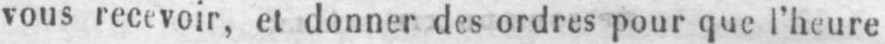
vous recevoir, et donner des ordres pour que l’heure